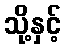
သို့နှင့်